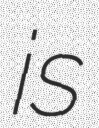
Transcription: is